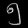
Digit: ၅